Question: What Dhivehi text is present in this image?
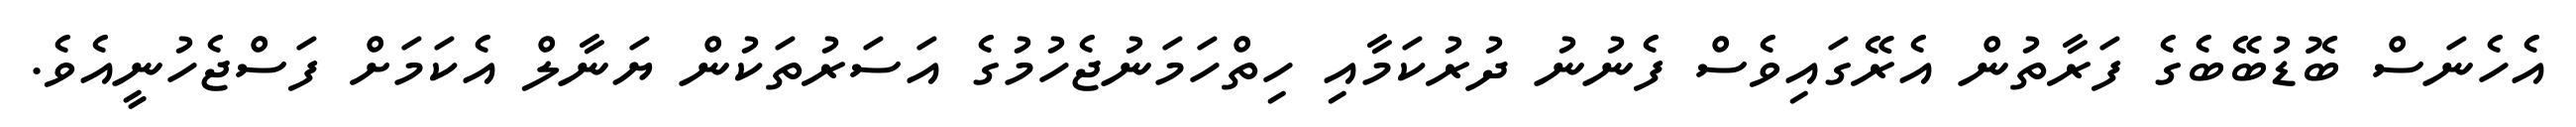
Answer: އެހެނަސް ބޮޑުބޭބެގެ ފަރާތުން އެރޭގައިވެސް ފެނުނު ދުރުކަމާއި ހިތްހަމަނުޖެހުމުގެ އަސަރުތަކުން ޔަނާލް އެކަމަށް ފަސްޖެހުނީއެވެ.